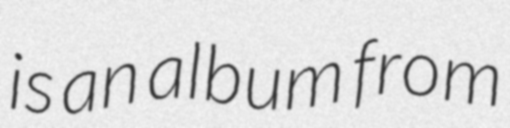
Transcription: is an album from